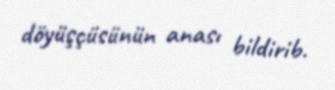
döyüşçüsünün anası bildirib.